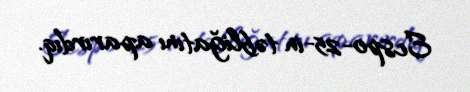
Ecspo-25-in təbliğatını aparırdıq.